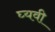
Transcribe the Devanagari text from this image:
घ्यवी